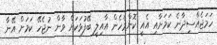
ހަމަޖެއްސިދާނެ ކަމަށާއި އެއީ ކޮންމެހެން އާއިލީ ބޭފުޅަކަށް ވާން ނުޖެހޭ ކަމަށް އޭނާ